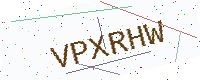
Text: VPXRHW